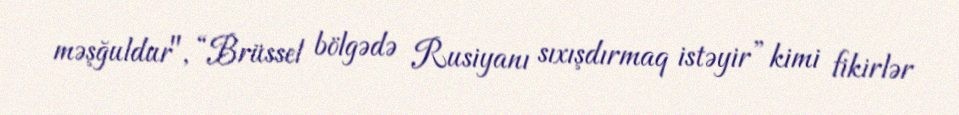
məşğuldur", “Brüssel bölgədə Rusiyanı sıxışdırmaq istəyir” kimi fikirlər